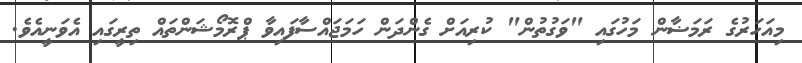
މިއަހަރުގެ ރަމަޟާން މަހުގައި "ވަގުތުން" ކުރިއަށް ގެންދަން ހަމަޖައްސާފައިވާ ޕްރޮމޯޝަންތައް ތިރީގައި އެވަނީއެވެ.